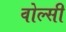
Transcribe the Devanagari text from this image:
वोल्सी